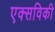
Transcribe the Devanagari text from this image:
एक्सविकी